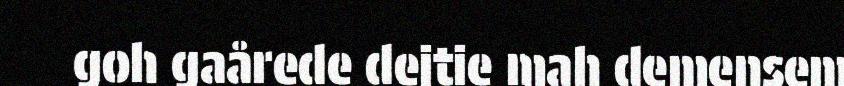
goh gaårede dejtie mah demensem